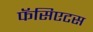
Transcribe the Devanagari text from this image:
फॅसिएटस